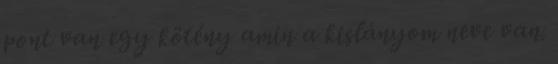
pont van egy kötény amin a kislányom neve van.